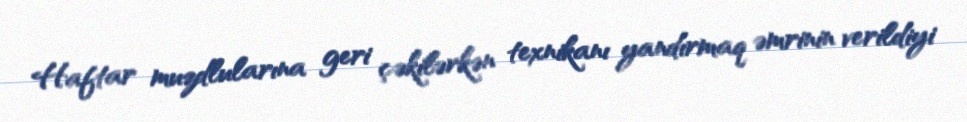
Haftar muzdlularına geri çəkilərkən texnikanı yandırmaq əmrinin verildiyi